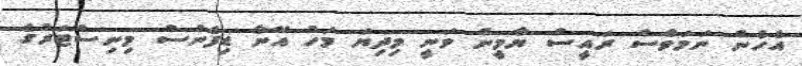
އެހެން ނަމަވެސް ރައީސް ޔާމީން ވަނީ މިދިޔަ މަހު އޭނާ ޑިފެންސް މިނިސްޓަރުގެ